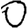
Digit: 0